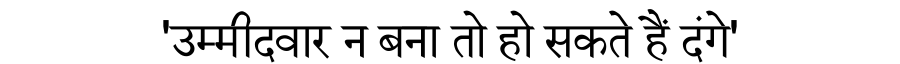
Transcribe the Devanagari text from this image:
'उम्मीदवार न बना तो हो सकते हैं दंगे'